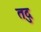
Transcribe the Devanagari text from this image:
तदु